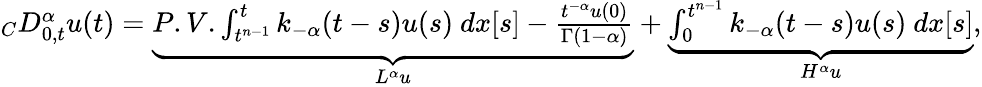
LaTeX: \begin{array}{r}{_{C}D_{0,t}^{\alpha}u(t)=\underbrace{P.V.\int_{t^{n-1}}^{t}k_{-\alpha}(t-s)u(s)\ dx[s]-\frac{t^{-\alpha}u(0)}{\Gamma(1-\alpha)}}_{L^{\alpha}u}+\underbrace{\int_{0}^{t^{n-1}}k_{-\alpha}(t-s)u(s)\ dx[s]}_{H^{\alpha}u},}\end{array}